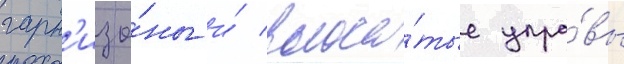
гарн'изо́ны и́ волоса́тые упра́вы